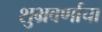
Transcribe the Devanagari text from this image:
शुभ्रवर्णाचा